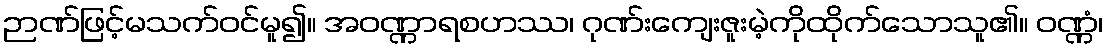
ဉာဏ်ဖြင့်မသက်ဝင်မူ၍။ အဝဏ္ဏာရစဟဿ၊ ဂုဏ်းကျေးဇူးမဲ့ကိုထိုက်သောသူ၏။ ဝဏ္ဏံ၊